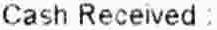
CASH RECEIVED: